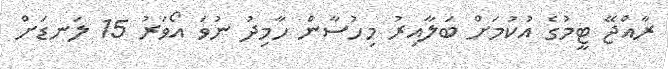
ރާއްޖޭ ޓީމުގެ އުކުމަށް ބަލާއިރު މިހުސާން ހާމިދު ނުވަ އޯވަރު 15 ލަނޑަށް